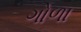
ગોળા